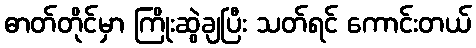
ဓာတ်တိုင်မှာ ကြိုးဆွဲချပြီး သတ်ရင် ကောင်းတယ်